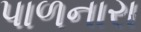
પાળનારા